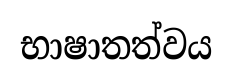
භාෂාතත්වය